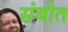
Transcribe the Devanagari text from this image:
संबीत